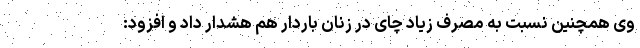
وی همچنین نسبت به مصرف زیاد چای در زنان باردار هم هشدار داد و افزود: